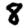
Digit: 8